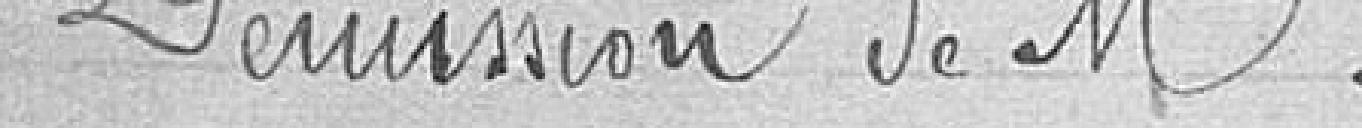
Démission de Monsieur